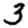
Digit: 3